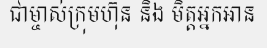
ជាម្ចាស់ក្រុមហ៊ុន និង មិត្តអ្នកអាន